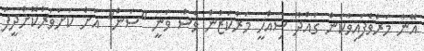
އޭނާ މަރުވެފައިވާކަން ގައްދޫ ސިއްހީ މަރުކަޒުން ވެސް ވަނީ "ސަން" އަށް ކަށަވަރުކޮށްދީފަ